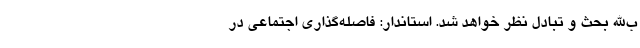
ب‌الله بحث و تبادل نظر خواهد شد. استاندار: فاصله‌گذاری اجتماعی در